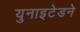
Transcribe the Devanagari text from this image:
युनाइटेडने